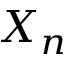
X _ { n }